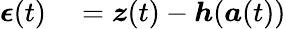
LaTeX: \begin{array}{rl}{\boldsymbol{\epsilon}(t)}&{{}=\boldsymbol{z}(t)-\boldsymbol{h}(\boldsymbol{a}(t))}\end{array}